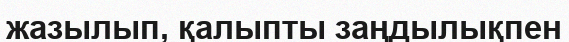
жазылып, қалыпты заңдылықпен